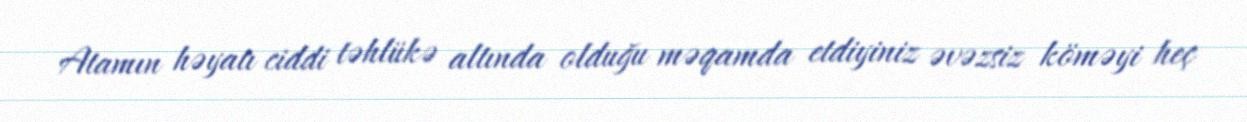
Atamın həyatı ciddi təhlükə altında olduğu məqamda etdiyiniz əvəzsiz köməyi heç